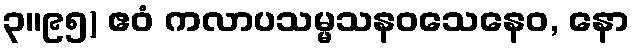
၃။၉၅) ဧဝံ ကလာပသမ္မသနဝသေနေဝ, နော